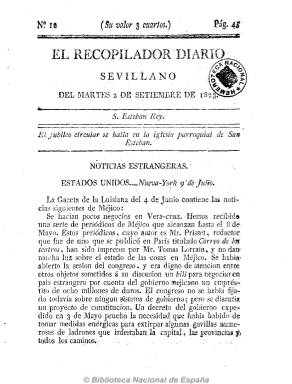
Título: El Recopilador diario sevillano
Colección: Periódicos anteriores a 1850
Ámbito geográfico: Sevilla
Lugar de publicación: Sevilla
Fechas: 02/09/1823-02/09/1823

Comienza a publicarse el 22 de agosto de 1823, con la autorización del Comandante general de las tropas francesas (los Cien mil hijos de San Luis), que ya han tomado la ciudad hispalense y a las que alabará, junto al duque de Angulema, en sus páginas. Según Checa Rey, es de los periódicos que más se distinguieron en la caída del Gobierno constitucional.

De frecuencia diaria, inicia cada número con el santoral y el jubileo, siendo una publicación que, junto a algunos versos, es eminentemente noticiosa, empezando con las noticias del extranjero, seguidas de las del reino, algunas extractadas de otros periódicos y otras procedentes de correspondencia particular, así como las locales, sumándole secciones de avisos y anuncios y la de la Real Alhóndiga, con los precios de los productos agrícolas. También publica artículos de oficio.

Dará cuenta de los acontecimientos políticos y militares que se suceden, entre los que se encuentra la noticia del apresamiento de Riego. Será estampado en la Imprenta a cargo de García en números de cuatro y ocho páginas, editando también suplementos. Desaparece a finales de 1823.